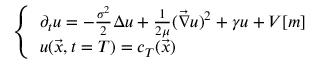
\left\{ \begin{array} { l l } { \partial _ { t } u = - \frac { \sigma ^ { 2 } } { 2 } \Delta { u } + \frac { 1 } { 2 \mu } ( \vec { \nabla } u ) ^ { 2 } + \gamma u + V [ m ] } \\ { u ( \vec { x } , t = T ) = c _ { T } ( \vec { x } ) } \end{array} \right.